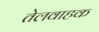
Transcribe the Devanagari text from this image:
तेलवाहक